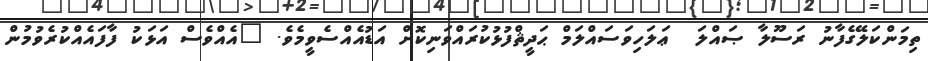
ތިމަންކަލޭގެފާނު ރަސޫލާ ޞައްލަ  ޢަލަހިވަސައްލަމް ޙަދީޘްފުޅުކުރައްވަނިކޮށް އަޑުއެއްސެވީމެވެ. "އެއްވެސް އަޅަކު ފާފައެއްކުރެވުމުން